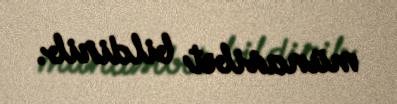
münasibət bildirib.